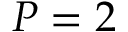
P = 2